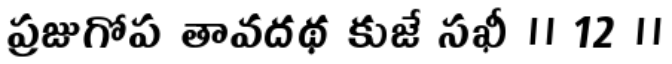
ప్రజుగోప తావదథ కుజే సఖీ ॥ 12 ॥